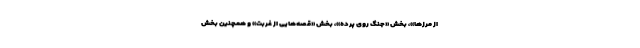
از مرزها»، بخش «جنگ روی پرده»، بخش «قصه‌هایی از غربت» و همچنین بخش